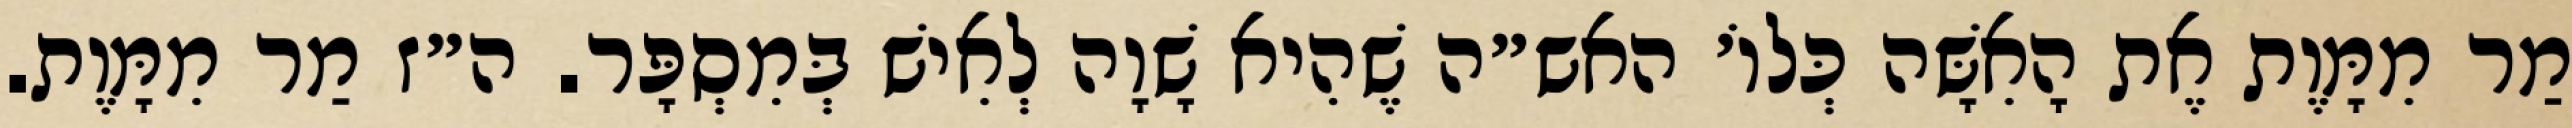
מַר מִמָּוֶת אֶת הָאִשָּׁה כְּלוֹ׳ האש״ה שֶׁהִיא שָׁוָה לְאִישׁ בְּמִסְפָּר. ה״ז מַר מִמָּוֶת.